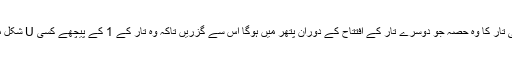
5. پہلی تار کا وہ حصہ جو دوسرے تار کے افتتاح کے دوران پتھر میں ہوگا اس سے گزریں تاکہ وہ تار کے 1 کے پیچھے کسی U شکل میں ہو۔